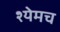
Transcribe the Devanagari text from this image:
श्येमच